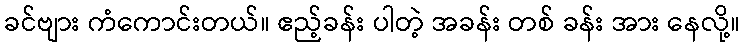
ခင်ဗျား ကံကောင်းတယ်။ ဧည့်ခန်း ပါတဲ့ အခန်း တစ် ခန်း အား နေလို့။